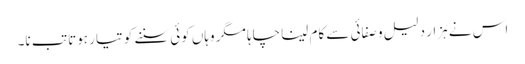
اس نے ہزار دلیل و صفائی سے کام لینا چاہا مگر وہاں کوئی سننے کو تیار ہوتا تب نا۔